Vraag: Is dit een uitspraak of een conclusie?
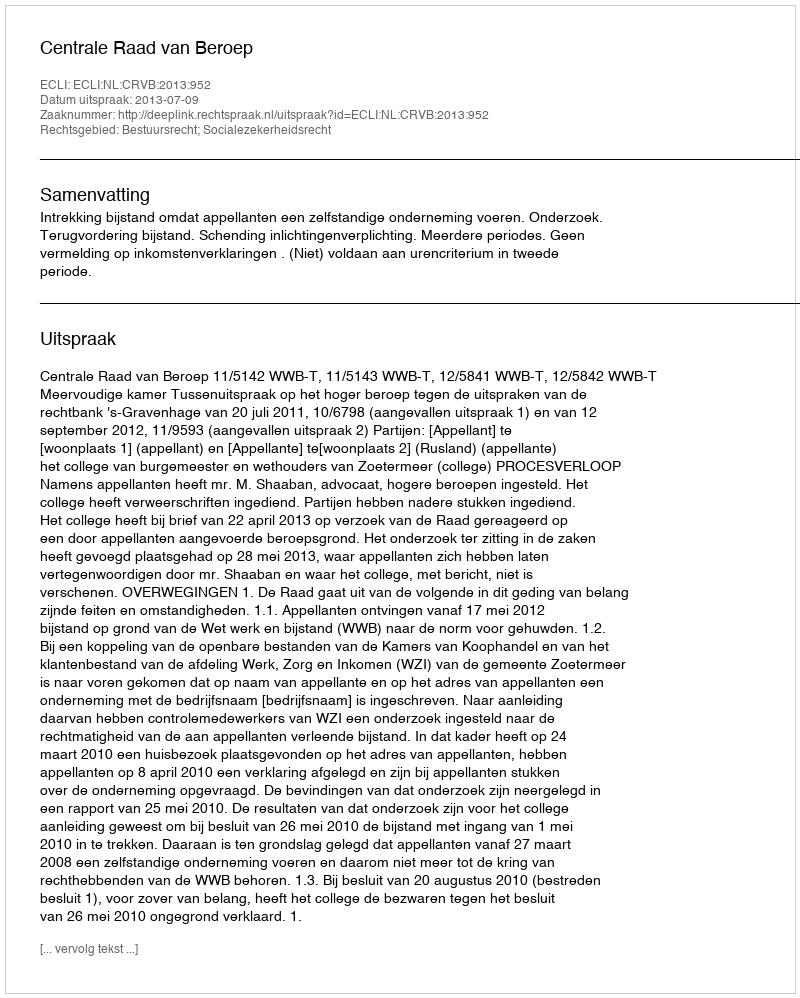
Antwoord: Uitspraak